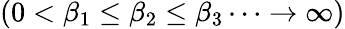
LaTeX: (0<\beta_{1}\le\beta_{2}\le\beta_{3}\dots\rightarrow\infty)